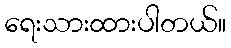
ရေးသားထားပါတယ်။